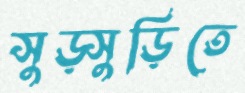
সুড়্সুড়িতে